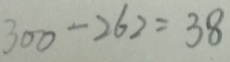
3 0 0 - 2 6 2 = 3 8